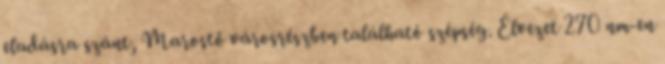
eladásra szánt, Marostő városrészben található szépség. Élvezet 270 nm-en